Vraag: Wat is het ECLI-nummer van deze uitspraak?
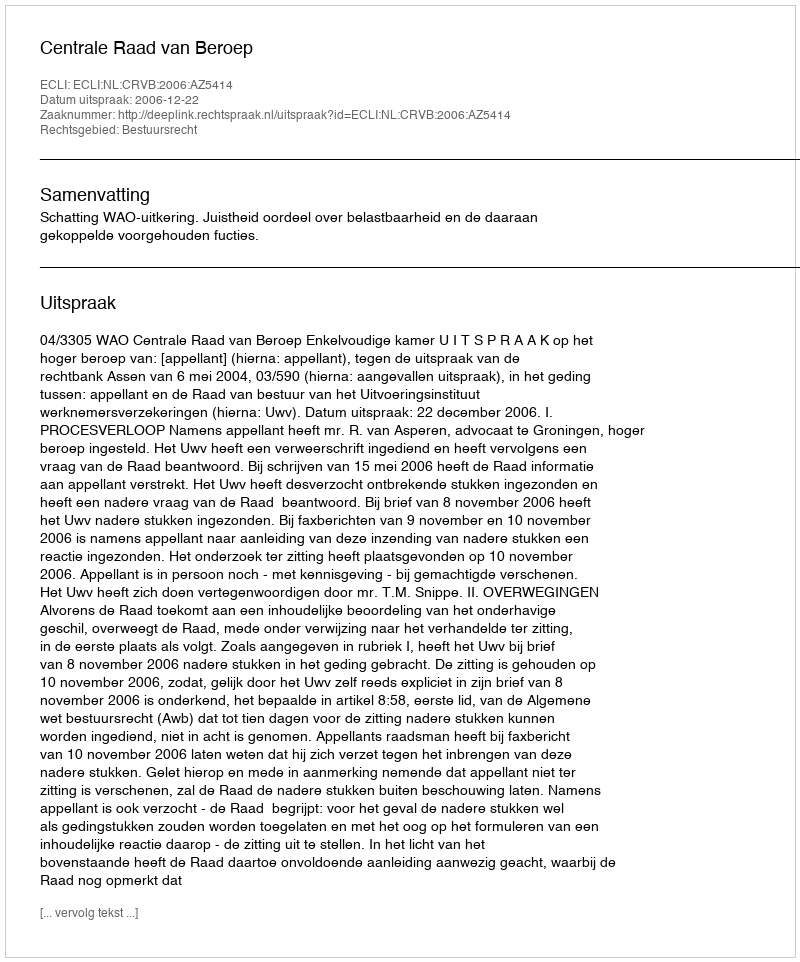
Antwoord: ECLI:NL:CRVB:2006:AZ5414